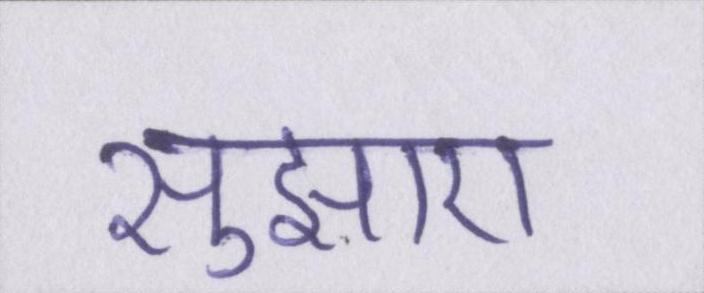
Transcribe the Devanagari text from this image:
सुझाए